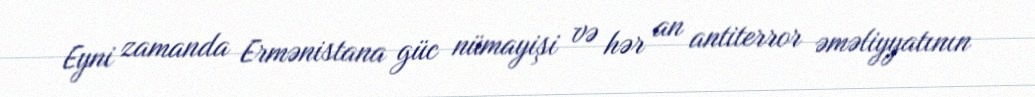
Eyni zamanda Ermənistana güc nümayişi və hər an antiterror əməliyyatının